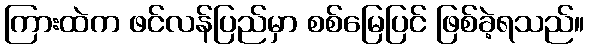
ကြားထဲက ဖင်လန်ပြည်မှာ စစ်မြေပြင် ဖြစ်ခဲ့ရသည်။